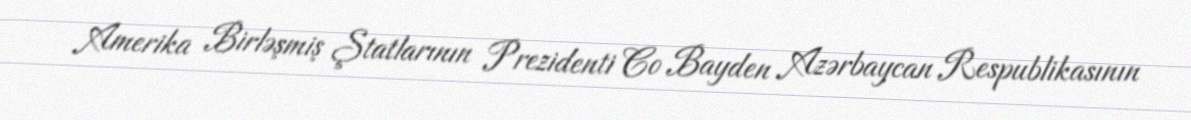
Amerika Birləşmiş Ştatlarının Prezidenti Co Bayden Azərbaycan Respublikasının